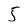
Character: 5